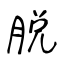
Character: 脱